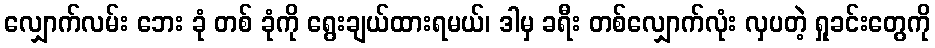
လျှောက်လမ်း ဘေး ခုံ တစ် ခုံကို ရွေးချယ်ထားရမယ်၊ ဒါမှ ခရီး တစ်လျှောက်လုံး လှပတဲ့ ရှုခင်းတွေကို